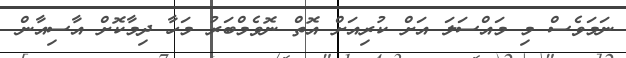
ނަމަވެސް މި މައްސަލަ އަށް ކުރިއަށް އޮތް ނޮވެމްބަރު މަހާ ދިމާކޮށް އާސިއާން